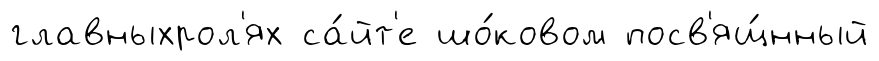
главныхрол'ях са́йт'е шо́ковом посв'ящ́нный